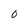
Character: O